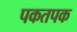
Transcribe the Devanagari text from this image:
पकतपक